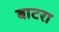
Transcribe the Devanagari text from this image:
बाटरा